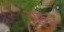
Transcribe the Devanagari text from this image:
गुरूु